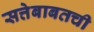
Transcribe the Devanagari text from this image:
सत्तेबाबतची